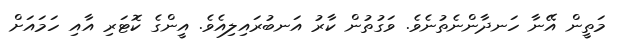
މަތީން އޭނާ ހަނދާންނެތުނެވެ. ވަގުތުން ކާރު އަނބުރައިލިއެވެ. އީންގެ ކޮޓަރި އާއި ހަމައަށް